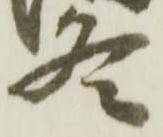
冬